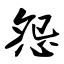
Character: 怨